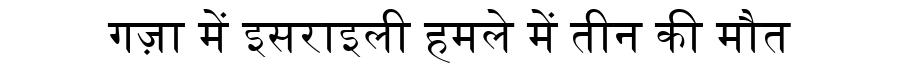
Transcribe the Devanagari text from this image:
गज़ा में इसराइली हमले में तीन की मौत